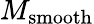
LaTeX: M_{\mathrm{smooth}}